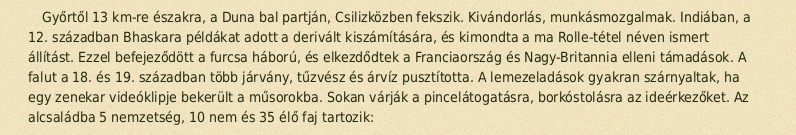
Győrtől 13 km-re északra, a Duna bal partján, Csilizközben fekszik. Kivándorlás, munkásmozgalmak. Indiában, a 12. században Bhaskara példákat adott a derivált kiszámítására, és kimondta a ma Rolle-tétel néven ismert állítást. Ezzel befejeződött a furcsa háború, és elkezdődtek a Franciaország és Nagy-Britannia elleni támadások. A falut a 18. és 19. században több járvány, tűzvész és árvíz pusztította. A lemezeladások gyakran szárnyaltak, ha egy zenekar videóklipje bekerült a műsorokba. Sokan várják a pincelátogatásra, borkóstolásra az ideérkezőket. Az alcsaládba 5 nemzetség, 10 nem és 35 élő faj tartozik: